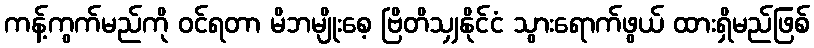
ကန့်ကွက်မည်ကို ဝင်ရတာ မိဘမျိုးစေ့ ဗြိတိသျှနိုင်ငံ သွားရောက်ဖွယ် ထားရှိမည်ဖြစ်